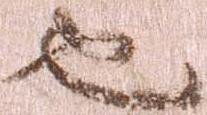
也